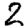
Digit: 2